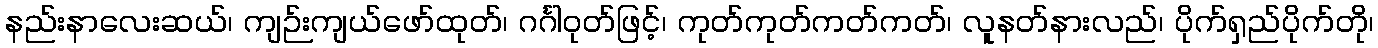
နည်းနာလေးဆယ်၊ ကျဉ်းကျယ်ဖော်ထုတ်၊ ဂင်္ဂါဝုတ်ဖြင့်၊ ကုတ်ကုတ်ကတ်ကတ်၊ လူနတ်နားလည်၊ ပိုက်ရှည်ပိုက်တို၊